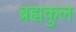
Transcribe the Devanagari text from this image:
ब्रह्मकुल